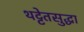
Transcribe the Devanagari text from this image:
थट्टेतसुद्धा